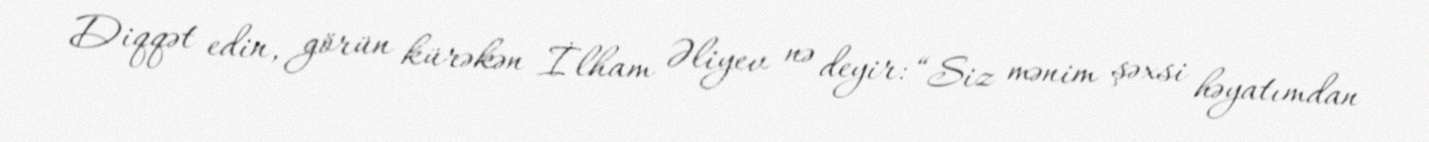
Diqqət edin, görün kürəkən İlham Əliyev nə deyir: “Siz mənim şəxsi həyatımdan